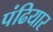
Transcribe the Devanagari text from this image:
पंढियार